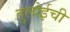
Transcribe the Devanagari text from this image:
तुलोईची